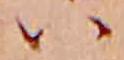
ハ